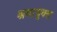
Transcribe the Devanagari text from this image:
श्रमायुक्त